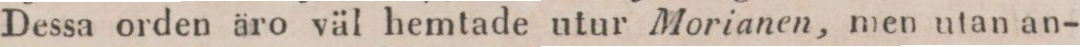
Dessa orden äro väl hemtade utur Morianen, men utan an-